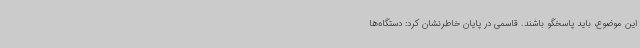
این موضوع، باید پاسخگو باشند. قاسمی در پایان خاطرنشان کرد: دستگاه‌ها